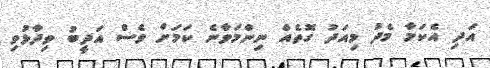
އަދި އެކަމާ މެދު މިއަދު ގޮތެއް ނިންމަވާނެ ކަމަށް ވެސް އަދީބު ވިދާޅުވި